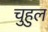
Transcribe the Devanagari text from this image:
चुहुल